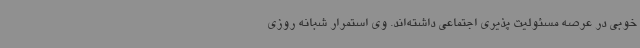
خوبی در عرصه مسئولیت پذیری اجتماعی داشته‌اند. وی استمرار شبانه روزی